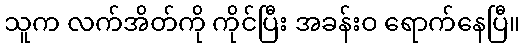
သူက လက်အိတ်ကို ကိုင်ပြီး အခန်းဝ ရောက်နေပြီ။